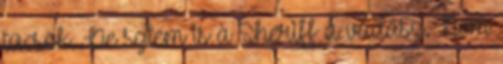
tücsök. De sztem is a Sheriff a vadász. Nem